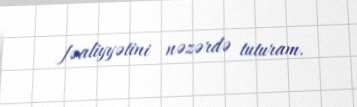
fəaliyyətini nəzərdə tuturam.